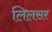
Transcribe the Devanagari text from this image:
लिलसर